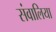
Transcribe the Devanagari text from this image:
संवालिया